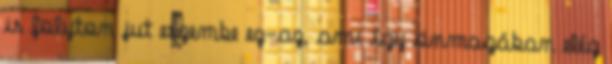
is folyton jut eszembe ez-az, ami így önmagában elég